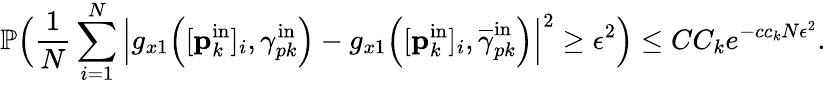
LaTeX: \mathbb{P}\Big(\frac{1}{N}\sum_{i=1}^{N}\Big|g_{x1}\Big([\mathbf{p}_{k}^{\mathrm{in}}]_{i},\gamma_{pk}^{\mathrm{in}}\Big)-g_{x1}\Big([\mathbf{p}_{k}^{\mathrm{in}}]_{i},\overline{{\gamma}}_{pk}^{\mathrm{in}}\Big)\Big|^{2}\geq\epsilon^{2}\Big)\leq CC_{k}e^{-cc_{k}N\epsilon^{2}}.